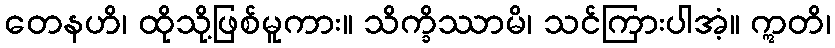
တေနဟိ၊ ထိုသို့ဖြစ်မူကား။ သိက္ခိဿာမိ၊ သင်ကြားပါအံ့။ ဣတိ၊